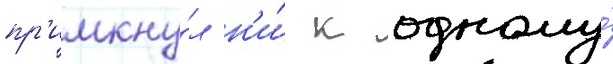
пр'имкну́л н'и́ к одному́